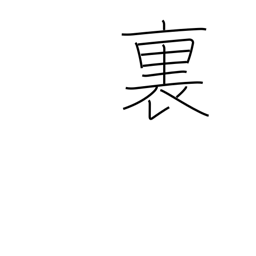
Meaning: inside